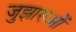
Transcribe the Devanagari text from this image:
जुझारुओं